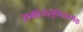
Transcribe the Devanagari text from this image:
समाजसुधारात्मक